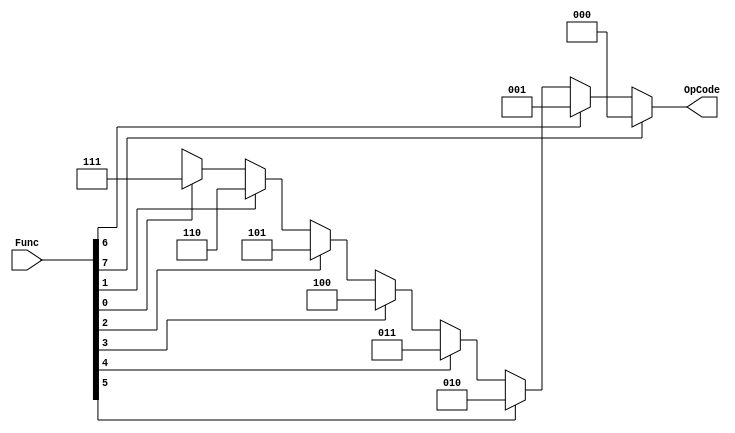
module encoder(OpCode,Func);

  input [7:0]Func;
  output  [2:0]OpCode;
  reg [2:0]OpCode;

  always  @ (Func)  
  begin

    if(Func[7])
      OpCode = 3'b000;
    else if(Func[6])
      OpCode = 3'b001;
    else if(Func[5])
      OpCode = 3'b010;
    else if(Func[4])
      OpCode = 3'b011;
    else if(Func[3])
      OpCode = 3'b100;
    else if(Func[2])
      OpCode = 3'b101;
    else if(Func[1])
      OpCode = 3'b110;
    else if(Func[0])
      OpCode = 3'b111;
    else
      OpCode = 3'bxxx;
  end

endmodule

module alu(A,B,OpCode,Result,Carry);

  input [2:0] OpCode;
  input [3:0] A, B;
  output  [3:0] Result;
  output  Carry;

  assign  {Carry,Result} = (OpCode == 3'b000) ? (A + B) : (OpCode == 3'b001)  ? (A - B) : (OpCode == 3'b010) ? (A ^ B) : (OpCode == 3'b011) ? (A | B) : (OpCode == 3'b100) ? (A & B) : (OpCode == 3'b101) ? (~(A | B)) : (OpCode == 3'b110) ? (~(A & B)) : (~(A ^ B));

endmodule

module paritygen(Result,parity);

	input [3:0]Result;
	output parity;

	assign parity=~(Result[0]^Result[1]^Result[2]^Result[3]);

endmodule

module pipelineinputfeed(clk,OpCode,a,b,OpOut,aout,bout);

	input [3:0] a, b;
  	input [2:0] OpCode;
   	input clk;
	output  [2:0] OpOut;
	output  [3:0] aout, bout;
	reg [2:0] OpOut;
	reg [3:0] aout, bout;

  always  @ (posedge clk)
  begin
    OpOut <= OpCode;
    aout  <= a;
    bout  <= b;
  end

endmodule

module pipelineoutputfeed(clk,Result,ResultOut);

  input clk;
  input [3:0]Result;
  output  [3:0]ResultOut;
  reg [3:0]ResultOut;

  always  @ (posedge clk) 
  begin
    ResultOut = Result;
  end

endmodule

module pipeline(clk,Func,a,b,POut);

  input clk;
  input [7:0]Func;
  input [3:0]a,b;
  wire [2:0]OpCode,OpOut;
  wire [3:0]aout,bout,Result,ResultOut;
  wire  Carry;
  output POut;


  encoder en1(OpCode,Func);
  pipelineinputfeed pip1(clk,OpCode,a,b,OpOut,aout,bout);
  alu a1(aout,bout,OpOut,Result,Carry);
  pipelineoutputfeed pip2(clk,Result,ResultOut);
  paritygen pg1(ResultOut,POut);

endmodule

/*module TESTBENCH;

  reg clock;
  reg [7:0] FuncCode;
  reg [3:0] A, B;
  wire  Out;

  pipeline mod(clock, FuncCode, A, B, Out);
  initial 
  begin
    $monitor($time, " A = %b, B = %b, Function Code = %b, OpCode = %b, AOut = %b, BOut = %b, OpOut = %b, X = %b, Carry = %b, XOut = %b, Output = %b.", A, B, FuncCode, mod.OpCode, mod.aout, mod.bout, mod.OpOut, mod.Result, mod.Carry, mod.ResultOut, Out);
    #0  clock = 1'b1;
    #4  A = 4'b0101; B = 4'b1110;  FuncCode = 8'b10000000;
    #20 FuncCode = 8'b01000000;
    #20 FuncCode = 8'b00100000;
    #20 FuncCode = 8'b00010000;
    #20 FuncCode = 8'b00001000;
    #20 FuncCode = 8'b00000100;
    #20 FuncCode = 8'b00000010;
    #20 FuncCode = 8'b00000001;
    #50 $finish;
  end
  always
    #2  clock = ~clock;

    initial
    begin
    	$dumpfile("pipeline.vcd");
    	$dumpvars;
    end

endmodule*/